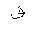
Letter: _qaf